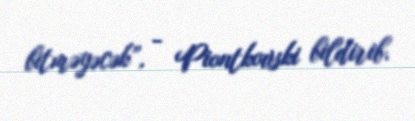
bitməyəcək”, - Piontkovski bildirib.